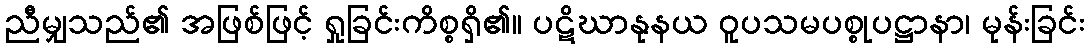
ညီမျှသည်၏ အဖြစ်ဖြင့် ရှုခြင်းကိစ္စရှိ၏။ ပဋိဃာနုနယ ဝူပသမပစ္စုပဋ္ဌာနာ၊ မုန်းခြင်း